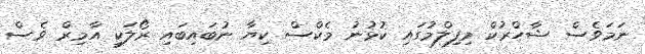
ނަމަވެސް ޝާހްރުކް މިފިލްމުގައި ކުޅުނު މެކްސް ކިޔާ ނުބައިބައި ރޯލަކީ އާމިރް ވެސް